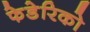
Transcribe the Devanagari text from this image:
फेडेरिको